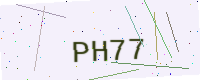
Text: PH77